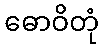
ဓောဝိတုံ